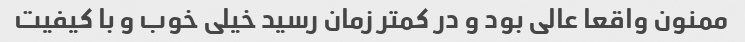
ممنون واقعا عالی بود و در کمتر زمان رسید خیلی خوب و با کیفیت